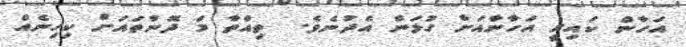
އަހާން ކައިރީ އަހާނާއަށް ގުޅަން އެދުނެވެ.  ތިއްތާ މަ ދޮންތައަށް ކިހިނެއް